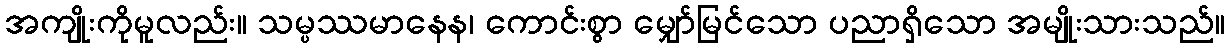
အကျိုးကိုမူလည်း။ သမ္ပဿမာနေန၊ ကောင်းစွာ မျှော်မြင်သော ပညာရှိသော အမျိုးသားသည်။